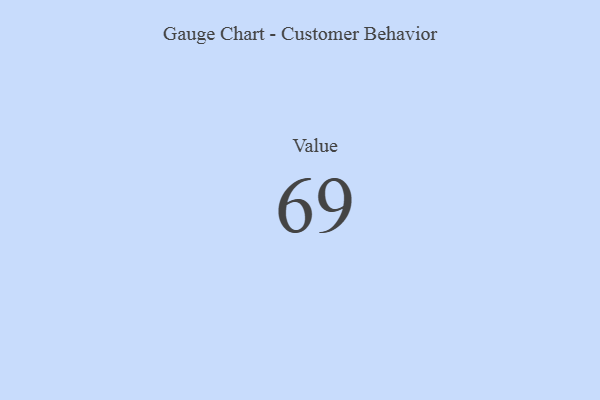
{"axis": {"x": "Metric", "y": "Value"}, "legend": [""], "data": [{"x": "Value", "y": 69, "type": ""}]}